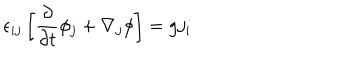
LaTeX: \epsilon _ { i j } \left[ { \frac { \partial } { \partial t } } \phi _ { j } + \nabla _ { j } \phi \right] = g j _ { i }